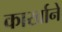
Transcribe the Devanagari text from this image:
कार्खाने